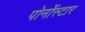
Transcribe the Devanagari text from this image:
पोर्नोस्टार